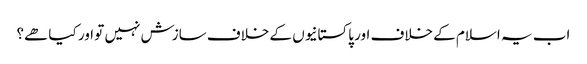
اب یہ اسلام کے خلاف اور پاکستانیوں کے خلاف سازش نہیں تو اور کیا ھے؟